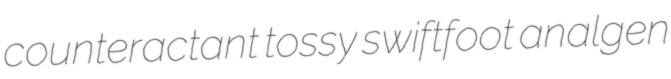
counteractant tossy swiftfoot analgen